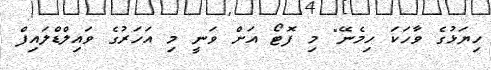
ހިޔަޅުގެ ވާހަކަ ހިމެނޭ" މި ފޮޓޯ އަށް ވަނީ މި އަހަރުގެ ވައިލްޑްލައިފް